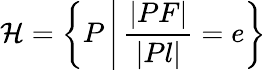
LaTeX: \mathcal{H}=\left\{ P\, {\Biggr|}\, {\frac{{|PF|}}{{|Pl|}}}=e\right\}